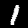
Digit: 1